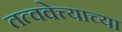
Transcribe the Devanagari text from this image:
तत्ववेत्त्याच्या